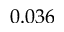
0 . 0 3 6